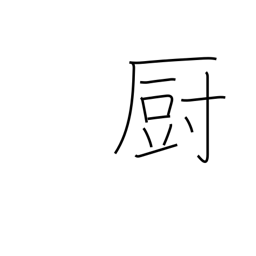
Meaning: kitchen